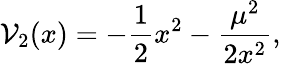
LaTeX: \mathcal{V}_{2}(x)=-{\frac{{1}}{{2}}}x^{2}-{\frac{{\mu^{2}}}{{2x^{2}}}},